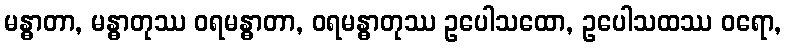
မန္ဓာတာ, မန္ဓာတုဿ ဝရမန္ဓာတာ, ဝရမန္ဓာတုဿ ဥပေါသထော, ဥပေါသထဿ ဝရော,